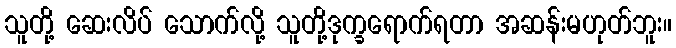
သူတို့ ဆေးလိပ် သောက်လို့ သူတို့ဒုက္ခရောက်ရတာ အဆန်းမဟုတ်ဘူး။